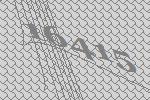
16415